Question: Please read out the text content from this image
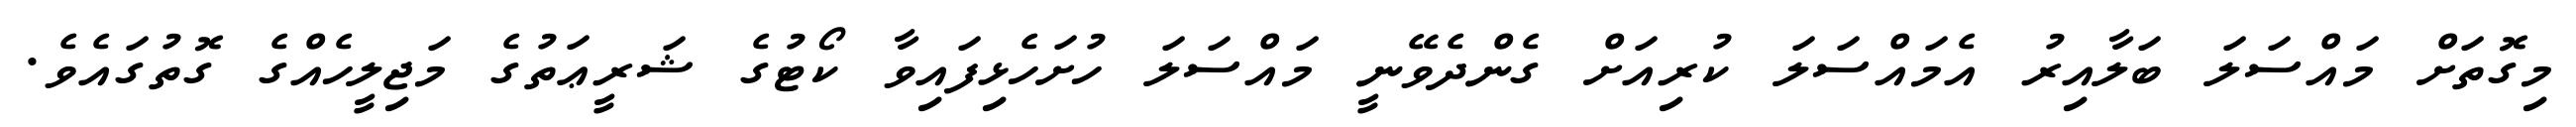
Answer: މިގޮތަށް މައްސަލަ ބަލާއިރު އެމައްސަލަ ކުރިއަށް ގެންދެވޭނީ މައްސަލަ ހުށަހެޅިފައިވާ ކޯޓުގެ ޝަރީޢަތުގެ މަޖިލީހެއްގެ ގޮތުގައެވެ.